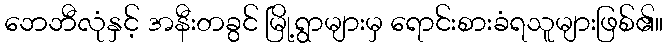
ဘေဘီလုံနှင့် အနီးတခွင် မြို့ရွာများမှ ရောင်းစားခံရသူများဖြစ်၏။